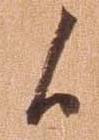
候